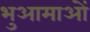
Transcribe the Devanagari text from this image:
भुआमाओं